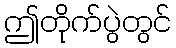
ဤတိုက်ပွဲတွင်